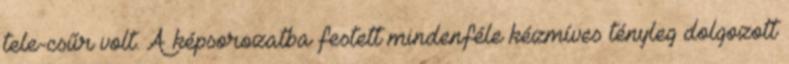
tele-csűr volt. A képsorozatba festett mindenféle kézmíves tényleg dolgozott